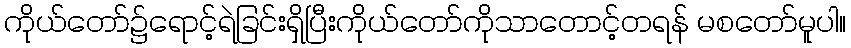
ကိုယ်တော်၌ရောင့်ရဲခြင်းရှိပြီးကိုယ်တော်ကိုသာတောင့်တရန် မစတော်မူပါ။